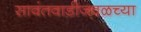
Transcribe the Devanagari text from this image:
सावंतवाडीजवळच्या